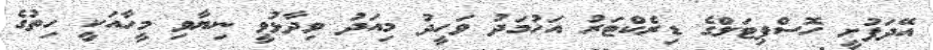
އޭދަފުށީ ހޮސްޕިޓަލްގެ ޑިރެކްޓަރު އަހުމަދު ވަހީދު މިއަދު ވިދާޅުވީ ނިޔާވި މީހާއަކީ ހިތުގެ